Problem: 4 × 5 = ?
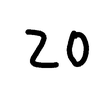
Handwritten answer: 20